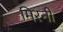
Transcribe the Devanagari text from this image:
मिरनी